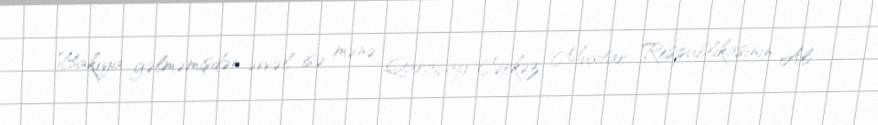
Bakıya gəlməmişdən əvvəl isə mənə Qaraçay-Çərkəz Muxtar Respublikasının Ali